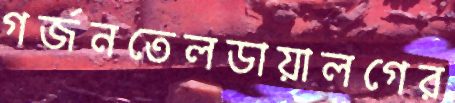
গর্জনতেলডায়ালগের